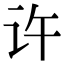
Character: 许